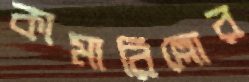
কামারিল্লোর